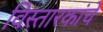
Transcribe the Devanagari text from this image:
विस्तारकांचे